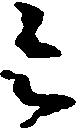
令